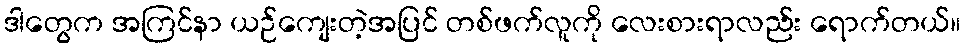
ဒါတွေက အကြင်နာ ယဉ်ကျေးတဲ့အပြင် တစ်ဖက်လူကို လေးစားရာလည်း ရောက်တယ်။